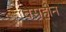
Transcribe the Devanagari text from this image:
वस्रहीन